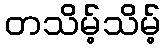
တသိမ့်သိမ့်